Eesti_Rahvusfond, lk 41
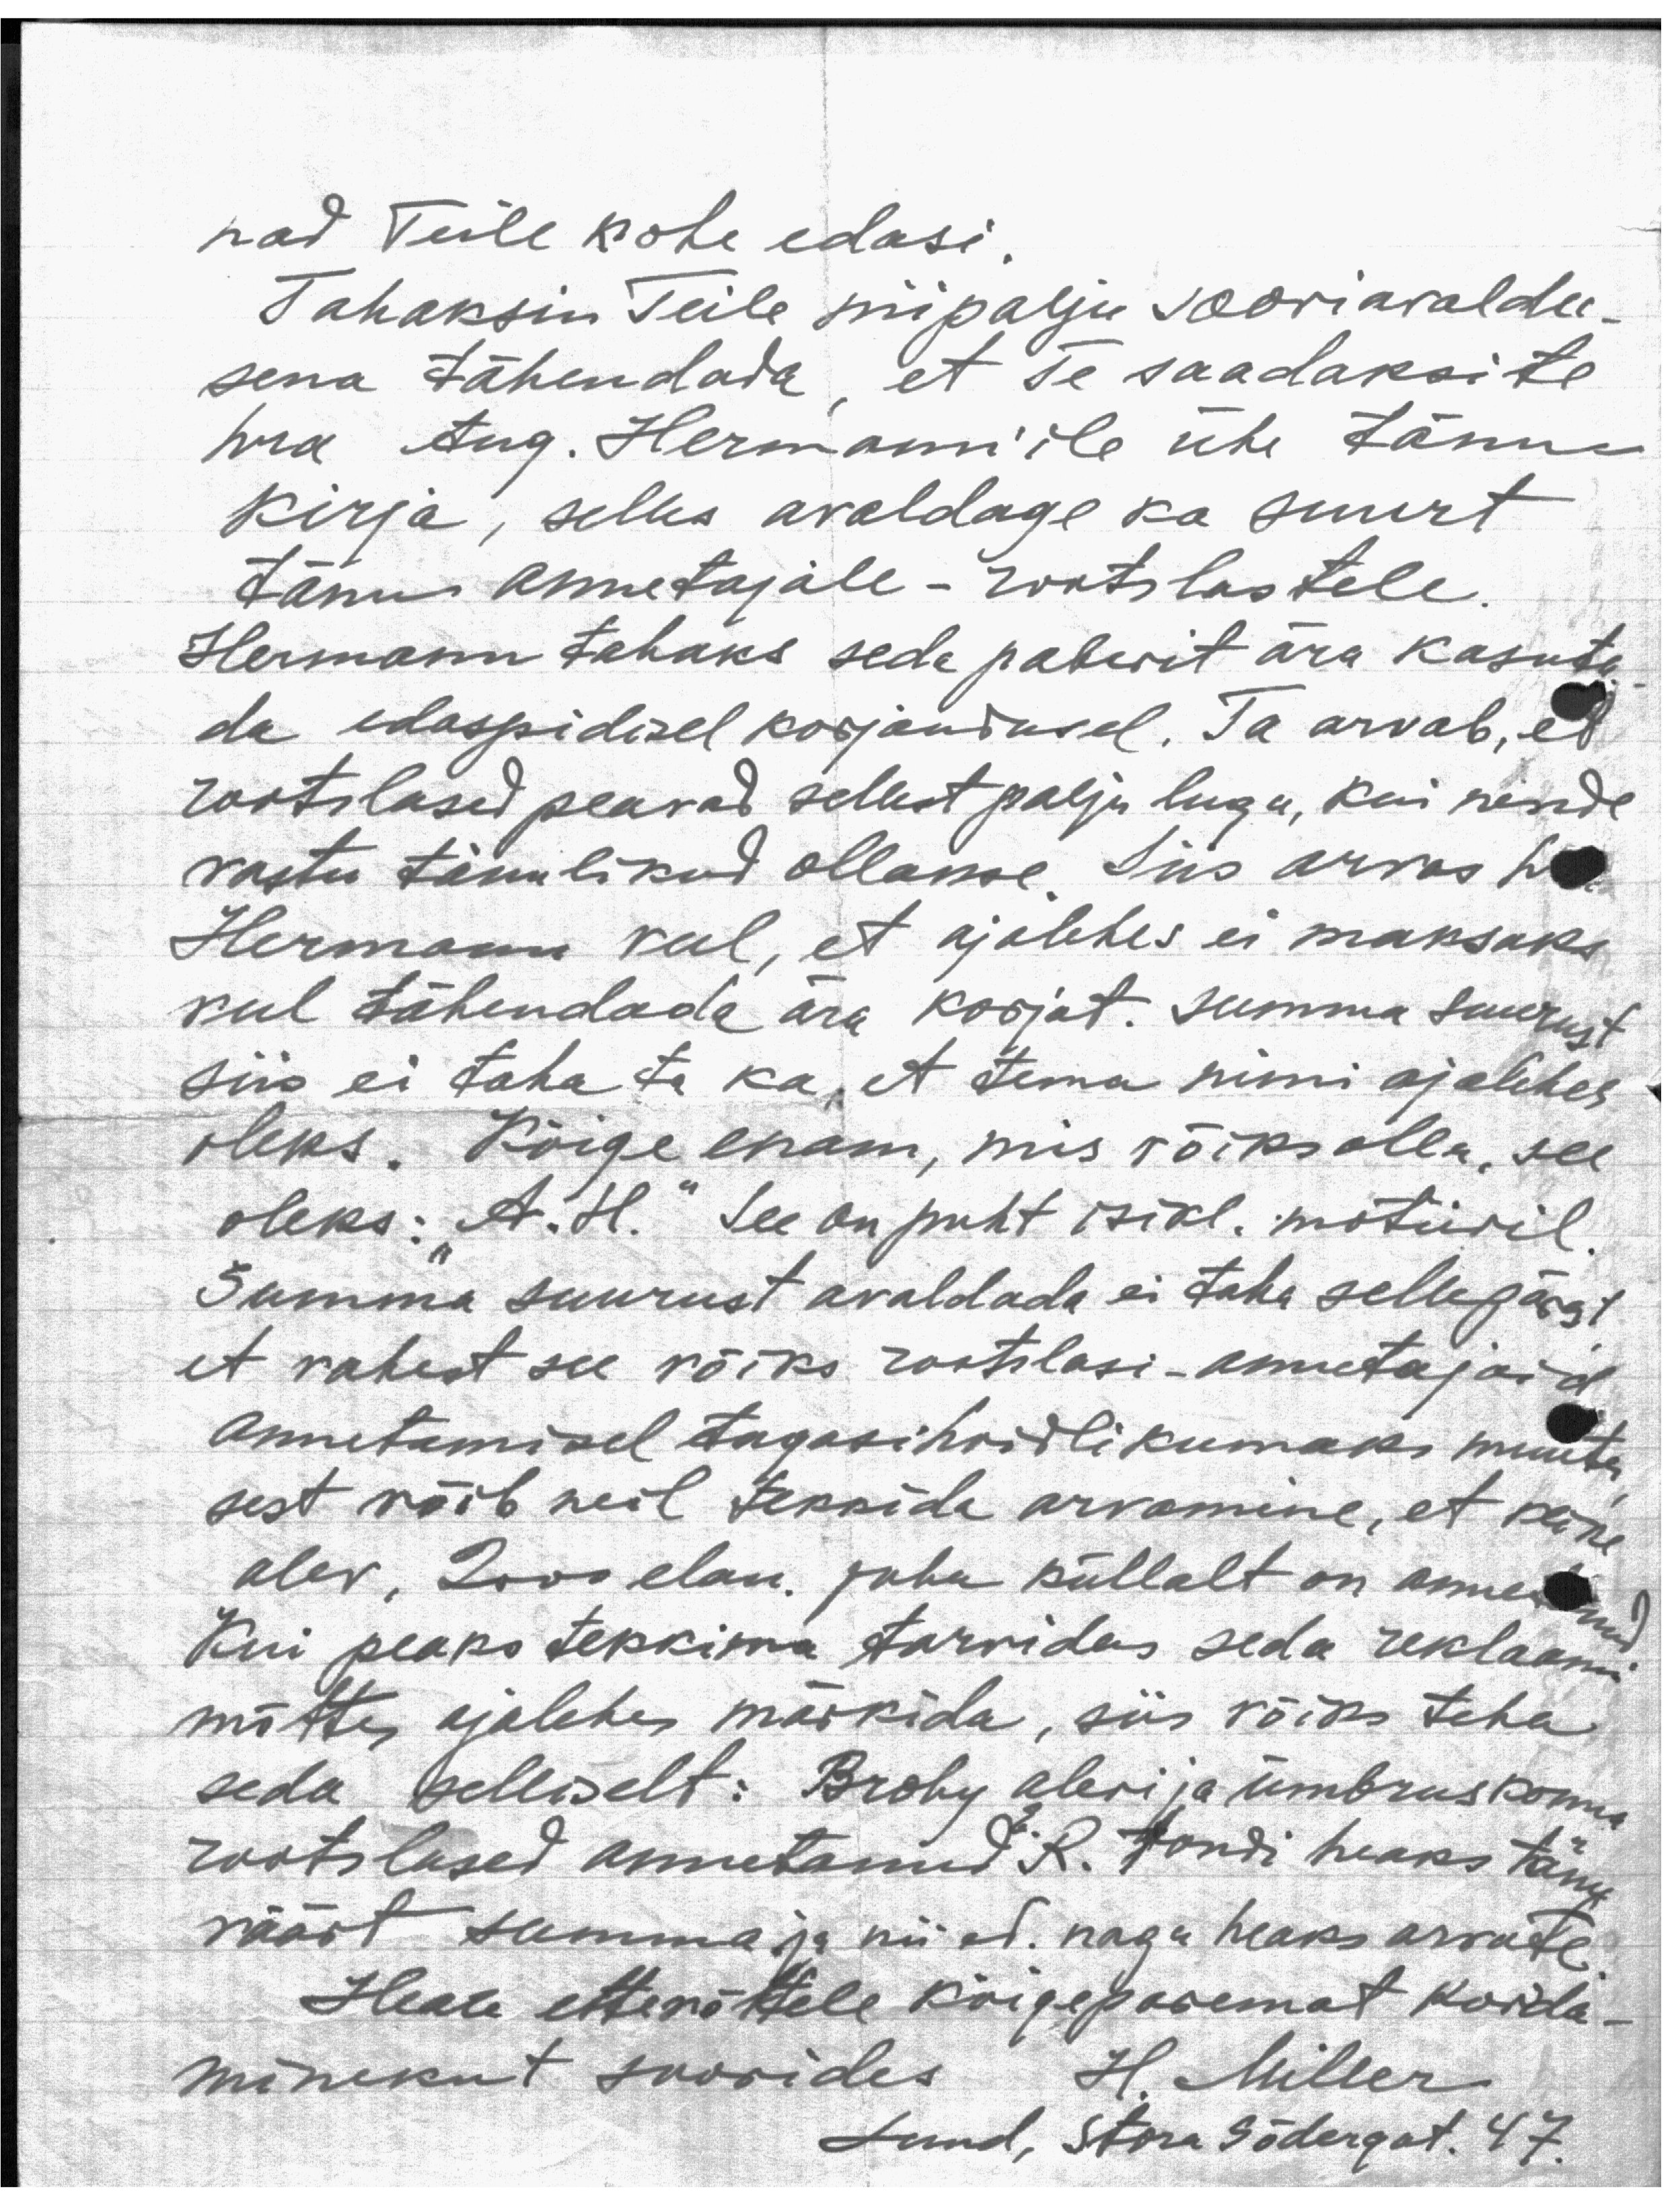
nad Teile kohe edasi.
Tahaksin Teile niipalju sooviavaldu-
sena tähendada, et Te saadaksite
hra Aug. Hermann'ile ühe tänu-
kirja, selles avaldage ka suurt
tänu annetajale - rootslastele.
Hermann tahaks seda paberit ära kasuta
da edaspidisel korjandusel. Ta arvab, et
rootslased peavad sellest palju lugu, kui nende
vastu tänulikud ollakse Siis arvas hr
Hermann veel, et ajalehes ei maksaks
veel tähendada ära korjat. summa suurust
siis ei taha ta ka, et tema nimi ajalehes
oleks. Kõige enam, mis võiks olla, see
oleks: "A. H." See on puht isikl. motiivil
Summa suurust avaldada ei taha sellepärast
et vahest see võiks rootslasi-annetajaid
annetamisel tagasihoidlikumaks muuta
sest võib neil tekkida arvamine, et teine
alev, 2000 elan. juba küllalt on annetanud
Kui peaks tekkima tarvidus seda reklaami
mõttes ajalehes märkida, siis võiks teha
seda selliselt: Broby alevi ja ümbruskonna
rootslased annetanud E. R. fondi heaks tänu
väärt summa ja nii et. nagu heaks arvate
Heale ettevõttele kõigeparemat korda-
minekut soovides H. Miller.
Lund, Stora Södergat. 47.